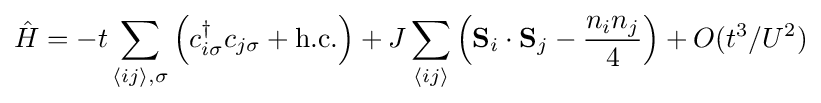
{\hat {H}}=-t\sum _{\langle ij\rangle ,\sigma }\left(c_{i\sigma }^{\dagger }c_{j\sigma }+\mathrm {h.c.} \right)+J\sum _{\langle ij\rangle }\left(\mathbf {S} _{i}\cdot \mathbf {S} _{j}-{\frac {n_{i}n_{j}}{4}}\right)+O(t^{3}/U^{2})